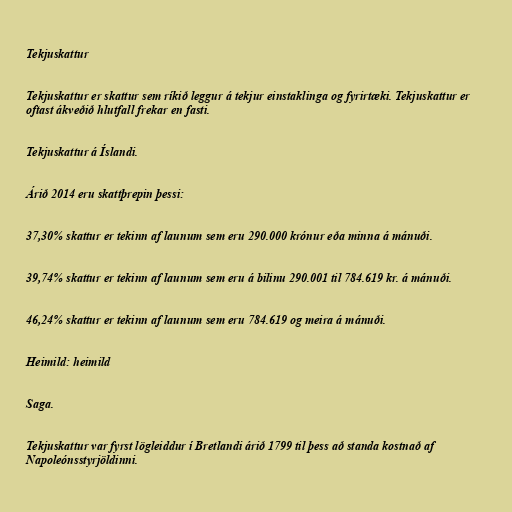
Tekjuskattur

Tekjuskattur er skattur sem ríkið leggur á tekjur einstaklinga og fyrirtæki. Tekjuskattur er
oftast ákveðið hlutfall frekar en fasti.

Tekjuskattur á Íslandi.

Árið 2014 eru skattþrepin þessi:

37,30% skattur er tekinn af launum sem eru 290.000 krónur eða minna á mánuði.

39,74% skattur er tekinn af launum sem eru á bilinu 290.001 til 784.619 kr. á mánuði.

46,24% skattur er tekinn af launum sem eru 784.619 og meira á mánuði.

Heimild: heimild

Saga.

Tekjuskattur var fyrst lögleiddur í Bretlandi árið 1799 til þess að standa kostnað af
Napoleónsstyrjöldinni.